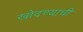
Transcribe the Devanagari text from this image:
खोदण्याची